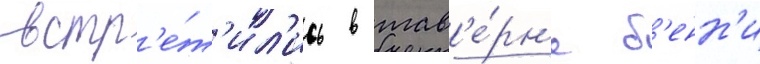
встр'е́т'ил'ись в тав'е́рн'е б'енн'и